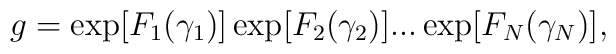
g=\exp [F_{1}(\gamma _{1})]\exp [F_{2}(\gamma _{2})]...\exp [F_{N}(\gamma_{N})],